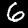
Digit: 6